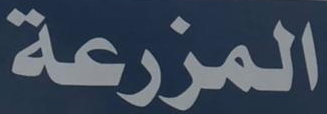
المزرعة